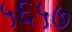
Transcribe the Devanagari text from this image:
५६५७